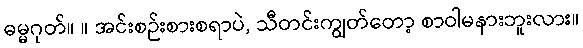
ဓမ္မဂုတ်။ ။ အင်းစဉ်းစားစရာပဲ, သီတင်းကျွတ်တော့ စာဝါမနားဘူးလား။